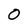
Character: 0